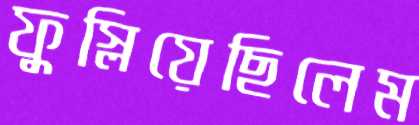
ফুস্‌লিয়েছিলেম